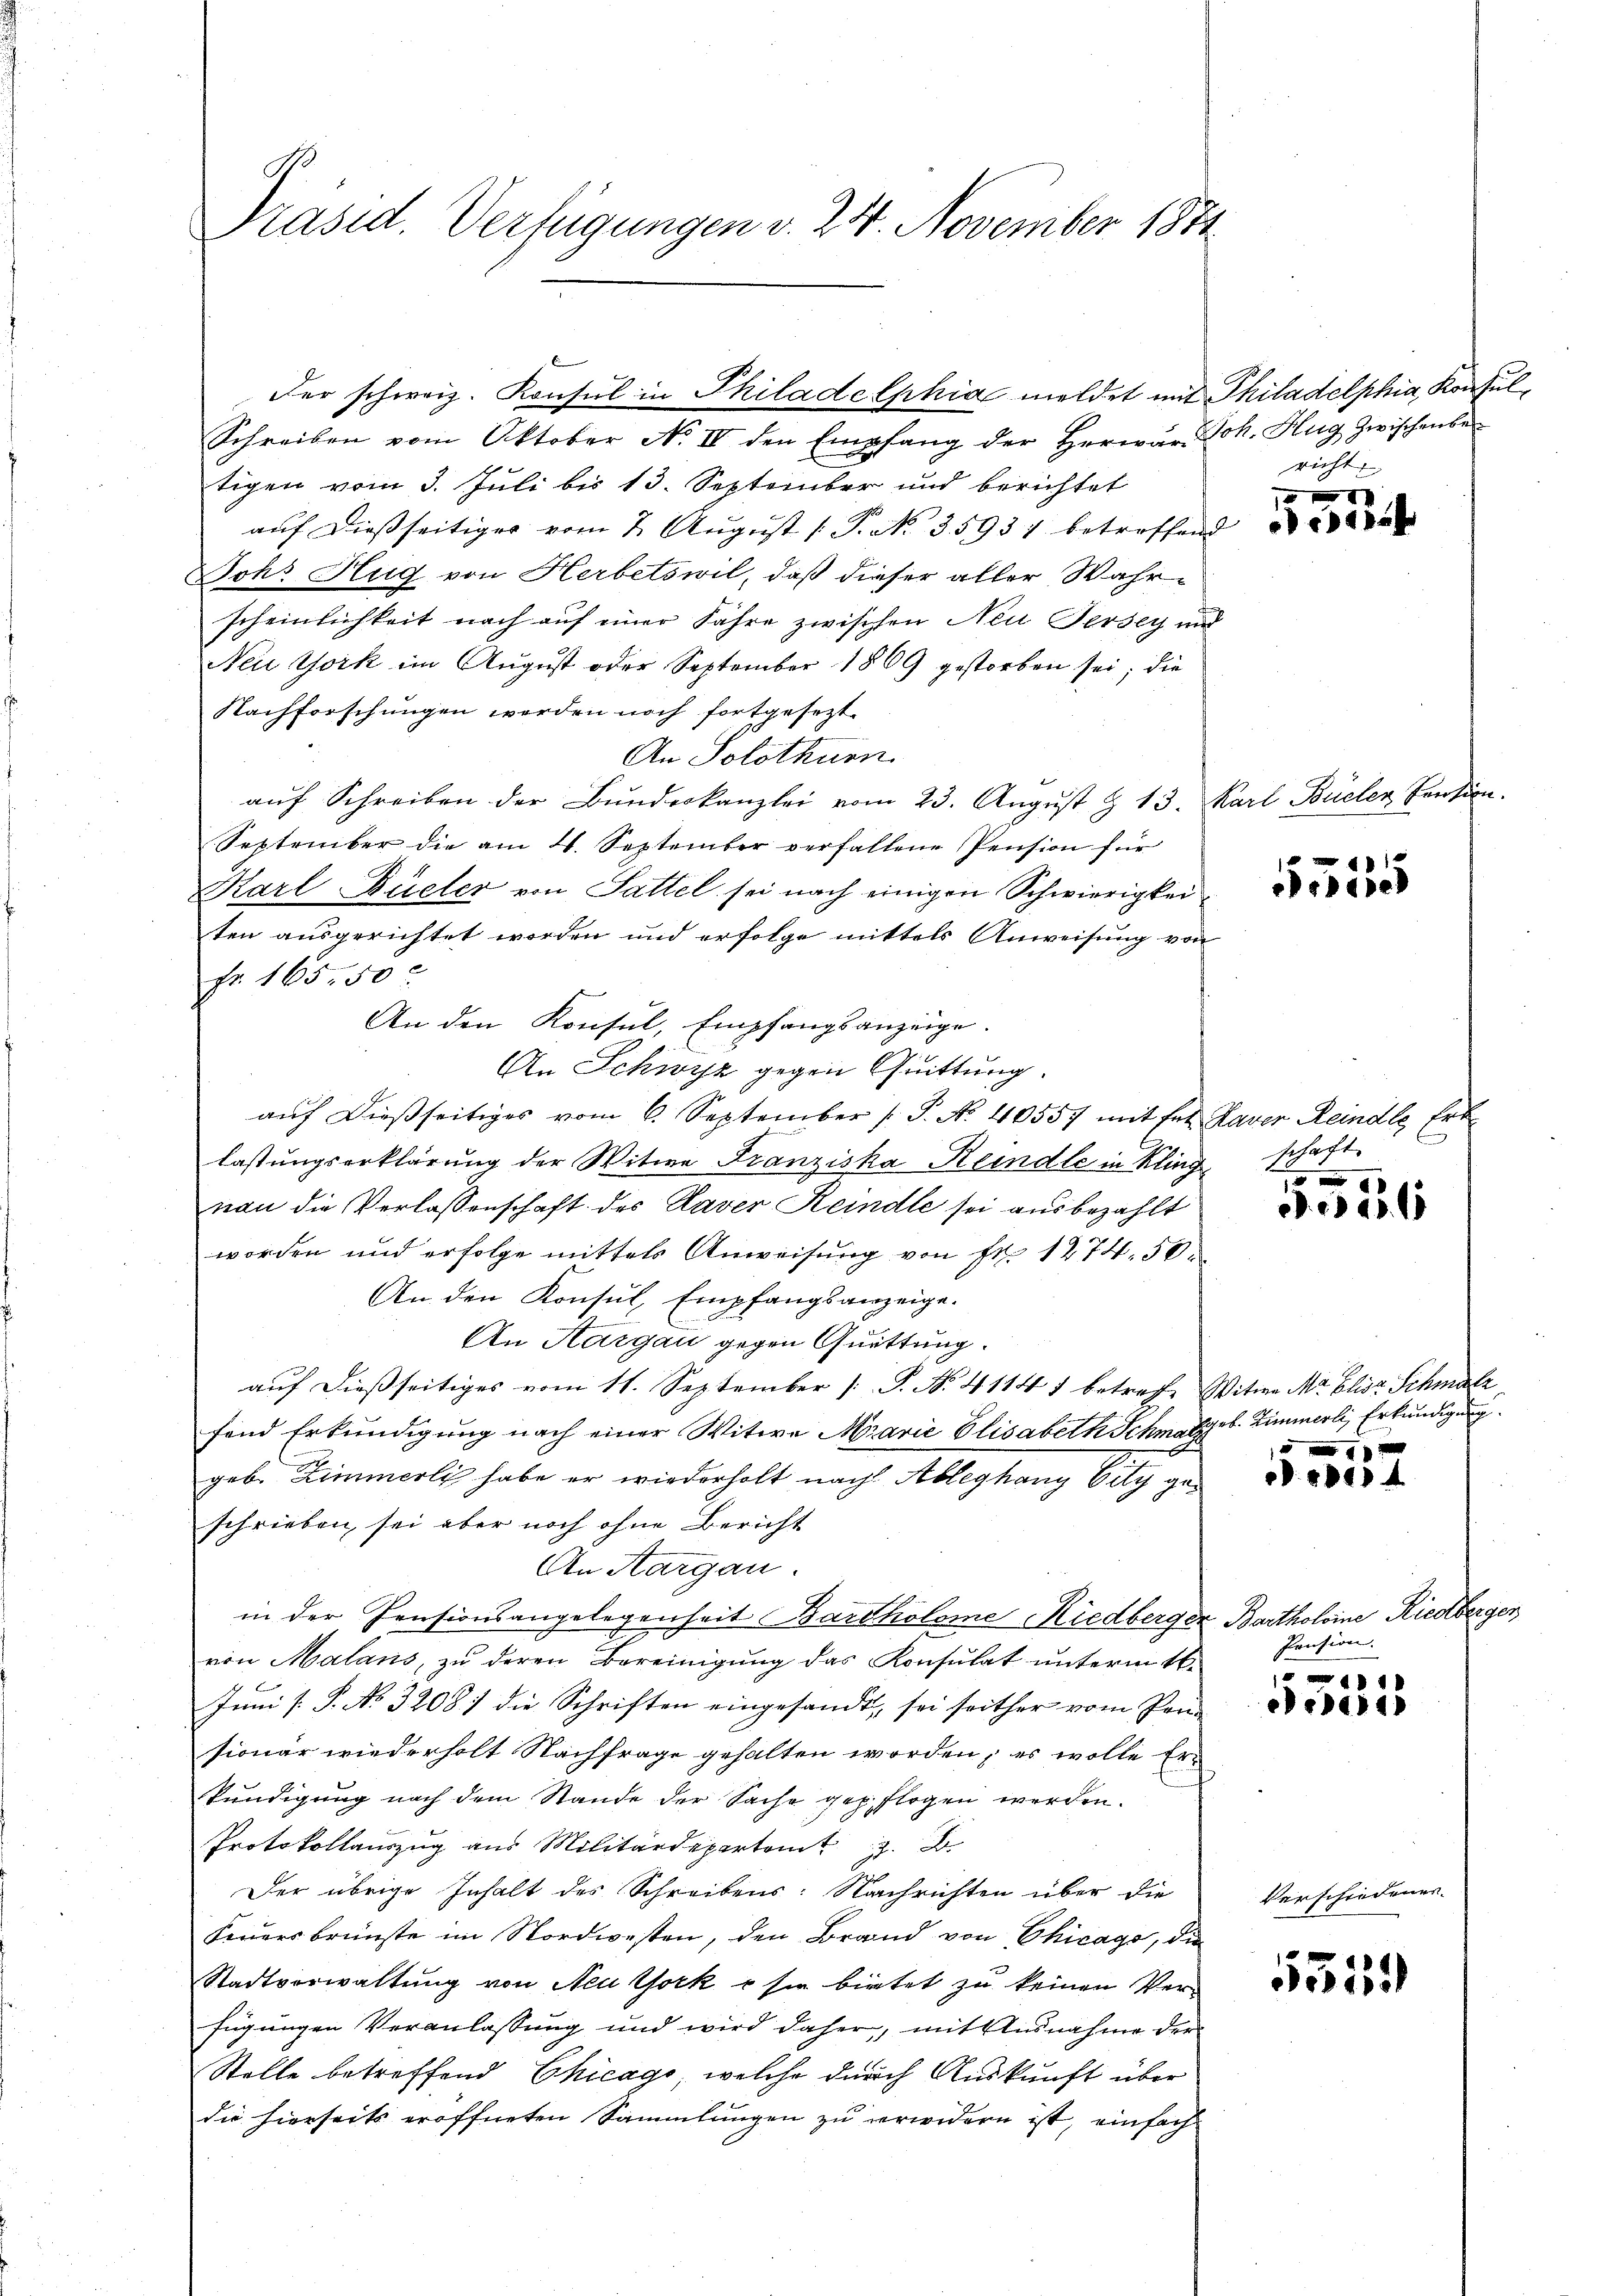
Präsid. Verfügungen v. 24. November 1871

Schreiben vom Oktober No II den Empfang der herwär Joh. Hug zwischenbe-
tigen vom 3. Juli bis 13. September und berichtet
auf dießseitiger vom 2. August ( P. No. 35931 betreffend
Joh. Hug von Herbetswil, daß dieser aller Wahrscheinlichkeit nach auf einer Jahre zwischen Neu Jersey und
New York im August oder September 1809 gestorben sei; die
Nachforschungen werden noch fortgesezt.
An Solothurn
aŭf Schreiben der Bŭndeskanzlei vom 23. Aŭgŭst & 13. Karl Büeler Pension.
September die am 4. September verfallene Pension für
Karl Büeler von Sattel sei nach einigen Schwierigkei
ten ausgerichtet worden und erfolge mittels Anweisung von
Fr. 165,50
An den Konsul, Empfangsanzeige
An Schwyz gegen Quittung.
aŭf dießseitiges vom 6. September (T. No. 40557 mit sel. Kaver Reindle Erk
lastungserklärung der Witwe Franziska Reindle in Klingschaft
nau die Verlassenschaft des Daver Reindle sei ausbezahlt
worden und erfolge mittels Anweisung von Fr. 1274. 50
An den Konsul, Empfangsanzeige.
An Aargau gegen Quittung.
auf dießseitiges vom 11. September [P. Nr. 4114 f betreffe Witwe Mr. Elisa Schmalz,
fend Erkundigung nach einer Witwe Marie Elisabeth Schmatgeb. Zimmerli, Erkundigung
geb. Zimmerli habe er wiederholt nach Ableghang City geschrieben, sei aber noch ohne Bericht
An Aargau.
in der Pensionsangelegenheit Bartholome Riedberger Bartholoine Riedberger
von Malans, zu deren Bereinigung das Konsulat unterm 16.
Juni [ P. No 3208. 7 die Schriften eingesandt, sei seither vom Pen-
sionär wiederholt Nachfrage gehalten worden, es wolle Er-
kundigung nach dem Stande der Sache gepflogen werden.
Protokollauszug aus Militärdepartamt z. B.
Der übrige Inhalt des Schreibens: Nachrichten über die
Feuersbrünste im Nordwesten, den Brand von Chicago, die
Stadtverwaltung von Neu York u sie bietet zu keinen Verfügungen Veranlassung und wird daher, mit Ausnahme der
Stelle betreffend Chicago, welche durch Auskunft über
die hierseits eröffneten Sammlungen zu verwidern ist, einfach

Der schweiz. Konsul in Philadelphia meldet mit Philadelphia, Konsul

richt

xxx
aeh

1
e

E

0 x
d. d. 25. 15

4
D. 1844

Pension.

1
e14

Verschiedener.

3155